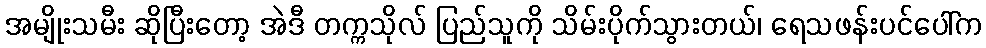
အမျိုးသမီး ဆိုပြီးတော့ အဲဒီ တက္ကသိုလ် ပြည်သူကို သိမ်းပိုက်သွားတယ်၊ ရေသဖန်းပင်ပေါ်က